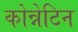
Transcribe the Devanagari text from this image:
कोन्नेटिन